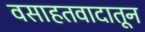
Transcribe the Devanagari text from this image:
वसाहतवादातून